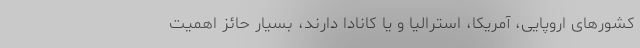
کشورهای اروپایی، آمریکا، استرالیا و یا کانادا دارند، بسیار حائز اهمیت